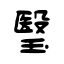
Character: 瑿